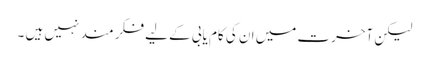
لیکن آخرت میں ان کی کام یابی کے لیے فکر مند نہیں ہیں ۔